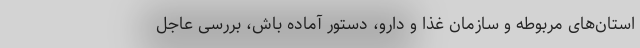
استان‌های مربوطه و سازمان غذا و دارو، دستور آماده باش، بررسی عاجل